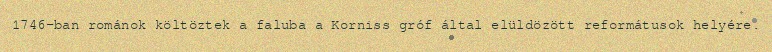
1746-ban románok költöztek a faluba a Korniss gróf által elüldözött reformátusok helyére.